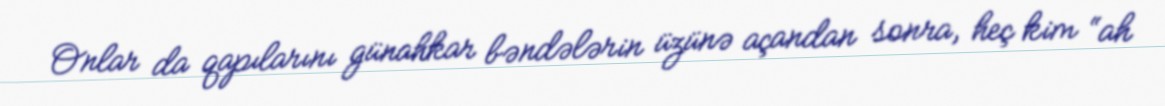
Onlar da qapılarını günahkar bəndələrin üzünə açandan sonra, heç kim “ah